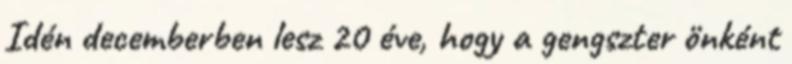
Idén decemberben lesz 20 éve, hogy a gengszter önként